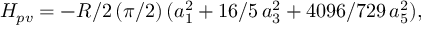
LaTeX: H _ { p v } = - R / 2 \, ( \pi / 2 ) \, ( a _ { 1 } ^ { 2 } + 1 6 / 5 \, a _ { 3 } ^ { 2 } + 4 0 9 6 / 7 2 9 \, a _ { 5 } ^ { 2 } ) ,